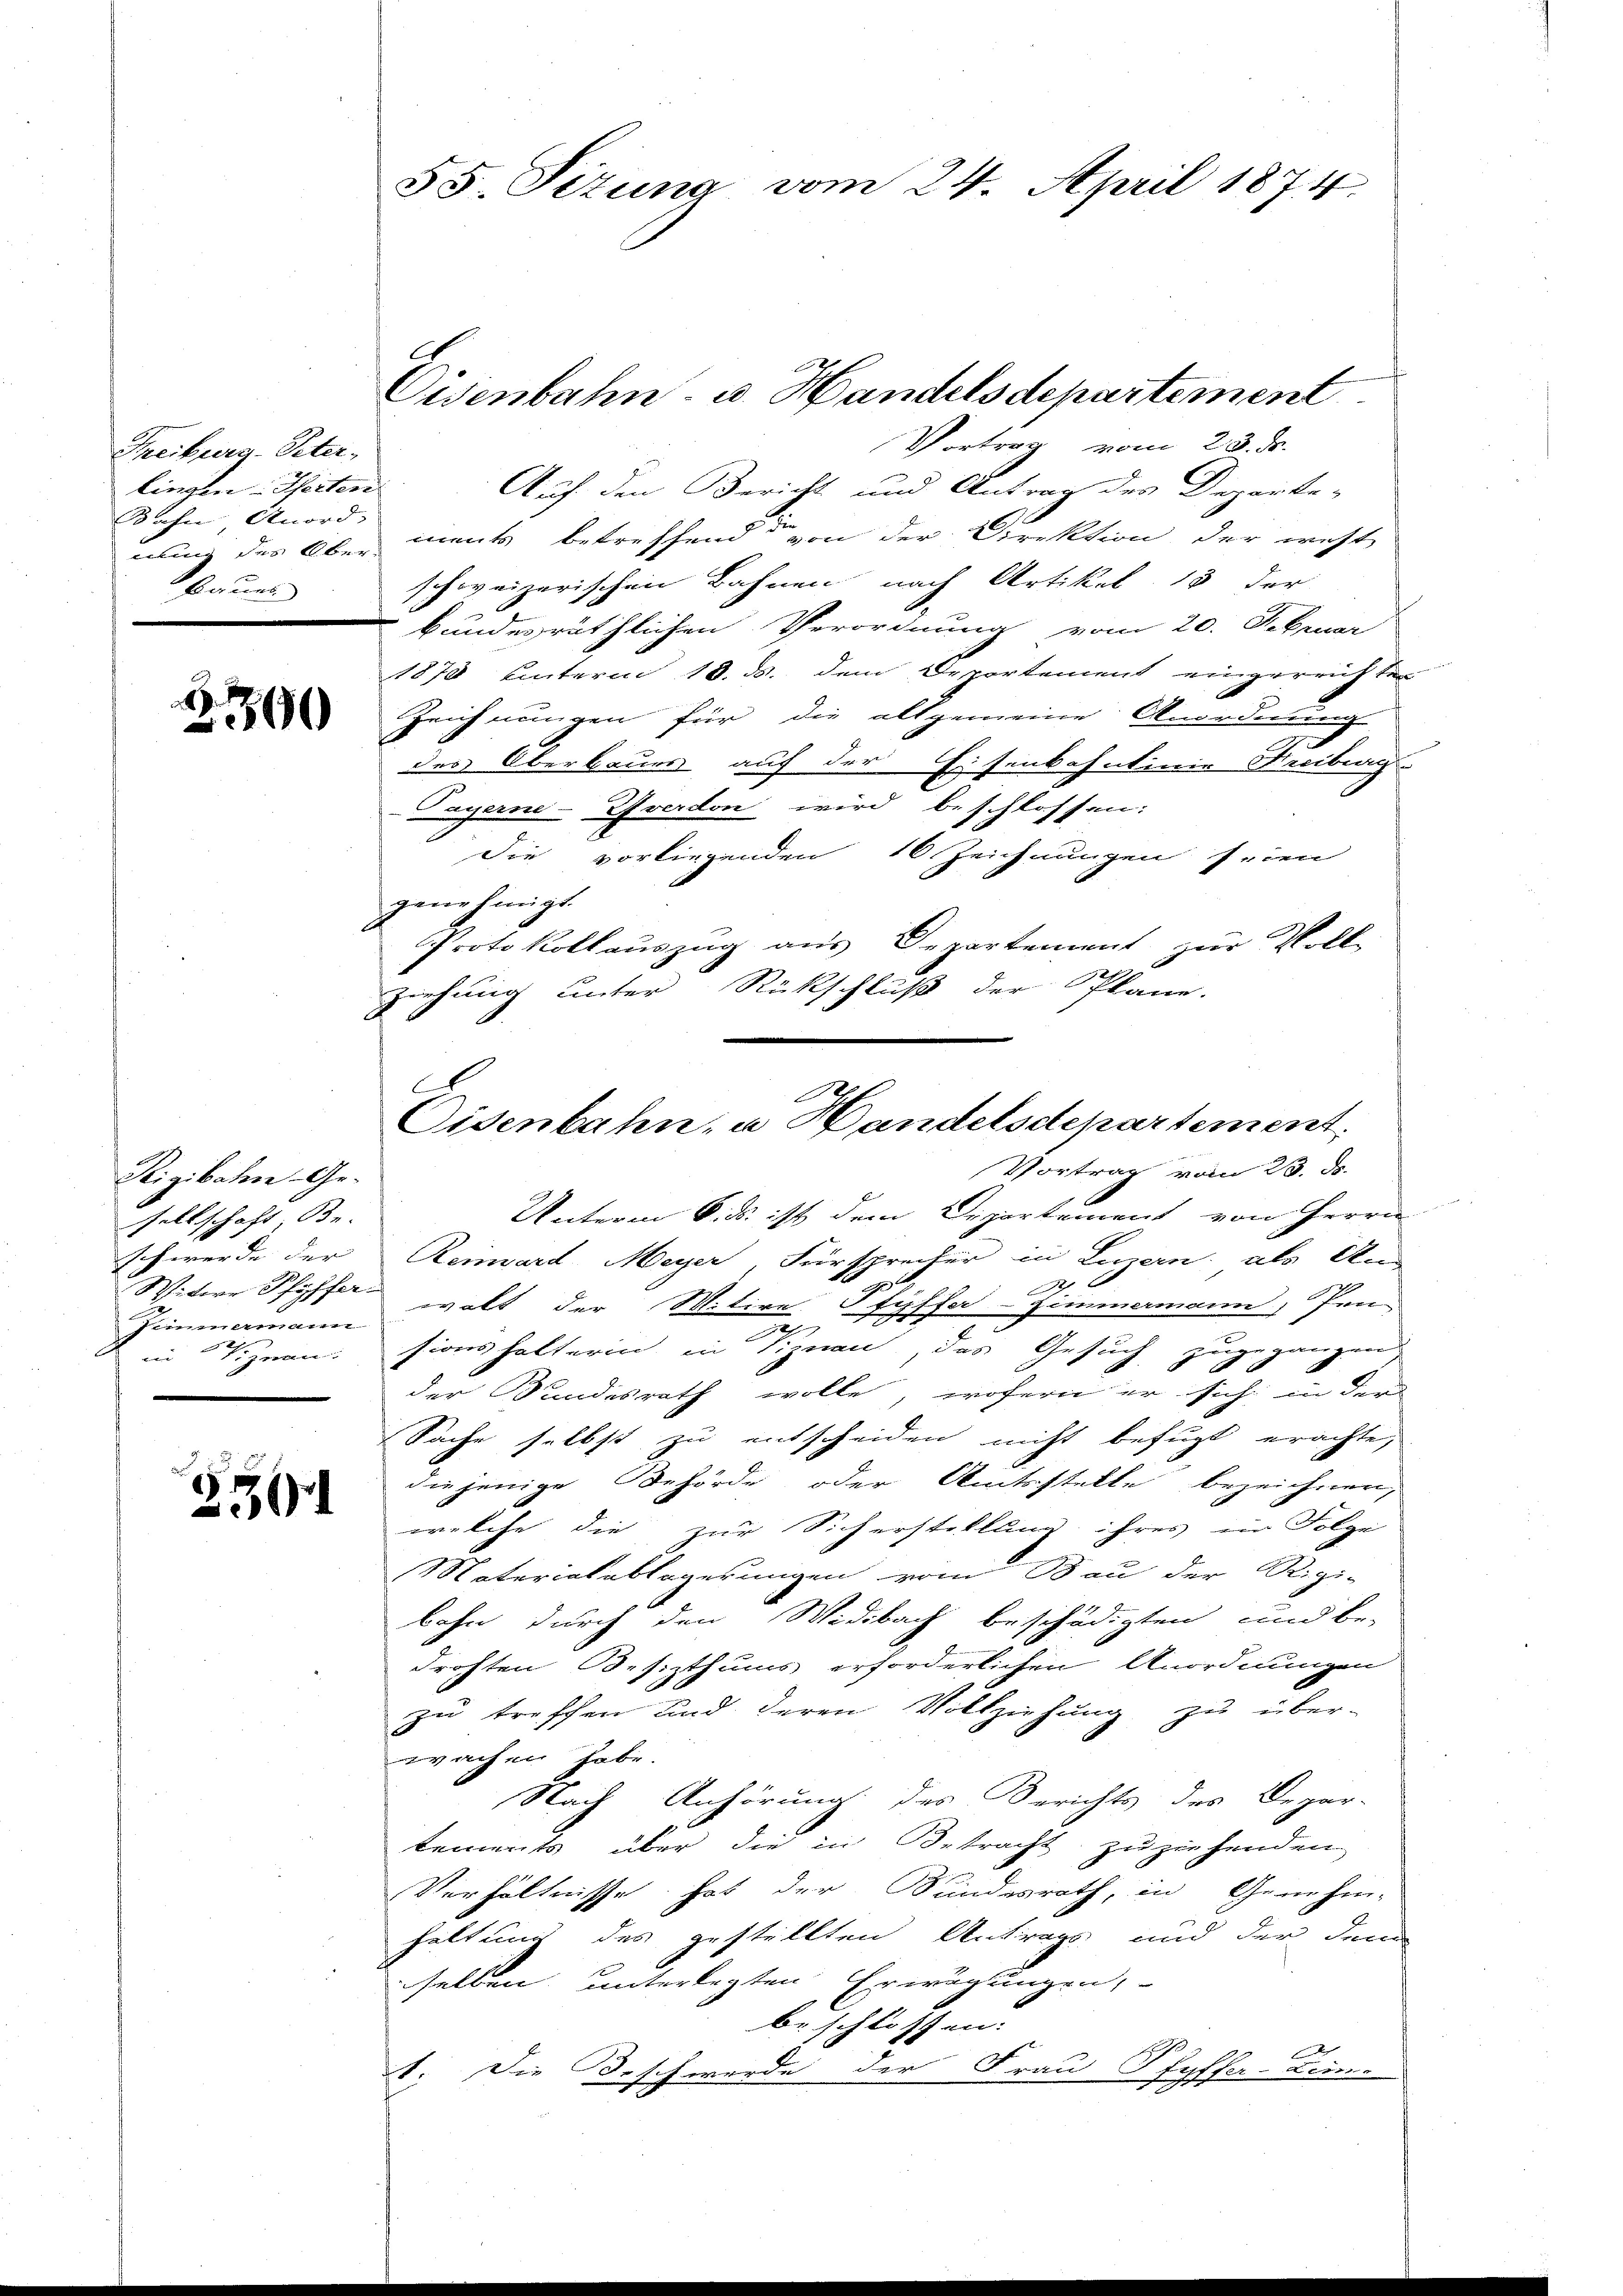
Freiburg-Peter,
lingen Pferten
Bahn Anord-
nung des Ober-
Bauer

8
500

Rigibahn Ge-
sellschaft, Be- |
schwerde der |
Witwe Pföfer.
Fimmermann
in zwan

3501

55 Sizung vom 24. April 1874.

Oisenbahn- u. Handelsdepartement
Vortrag vom 23. ds.
Auf den Bericht und Antrag des Departe-
ments betreffend von der Direktion der west-
schweizerischen Bahnen nach Artikel 15 der
bundesräthlichen Verordnung vom 20. Februar
1870 unterm 18. ds. dem Departement eingereichten
Zeichnungen für die allgemeine Anordnung
des Oberbaues auf der Eisenbahnlinie Treiberg-
Payerne-Grandon wird beschlossen:
die vorliegenden 16 Zeichnungen seien
gaene Einigt.
Protokollaŭszŭg aŭs Departement zur Voll-
ziehung unter Rückschluß der Plane.
Vortrag vom 23. d.
Unterm 6. ds. ist dem Departement von Herrn
Reimard Meyer, Fürsprecher in Linern, als An
)
37.
walt der Witive
fyffer Zimmermann, Pen
sionshalterin in Viznau, das Gesuch zugegangen
der Bundesrath wolle, wofern er sich in der
Sache selbst zu entscheiden nicht befugt erachte,
diejenige Behörde oder Amtsstelle bezeichnen,
welche die zur Sicherstellung ihres in Folge
Materialablagerungen vom Bau der Rigi-
bahn durch den Widebach beschädigten und be-
drohten Besizthums erforderlichen Anordnungen
zu treffen und deren Vollziehung zu über-
ewachen habe.
Nach Anhörung des Berichts des Depar-
tements über die in Betracht zuzuhenden.
Verhältnisse hat der Sandesrath, in Genehm-
haltung des gestellten Antrags und der denn
selben unterlegten Erwägungen,
beschlossen:
1. Die Beschwerde der Frau Pfyffer-Lunne

C
.
Eisenbahn, u Handelsdepartement.